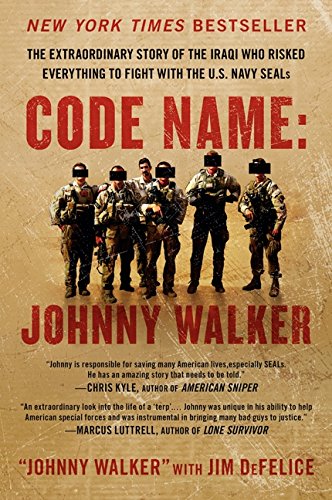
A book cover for Code Name: Johnny Walker: The Extraordinary Story of the Iraqi Who Risked Everything to Fight with the U.S. Navy SEALs; Johnny Walker; History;